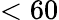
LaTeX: <60